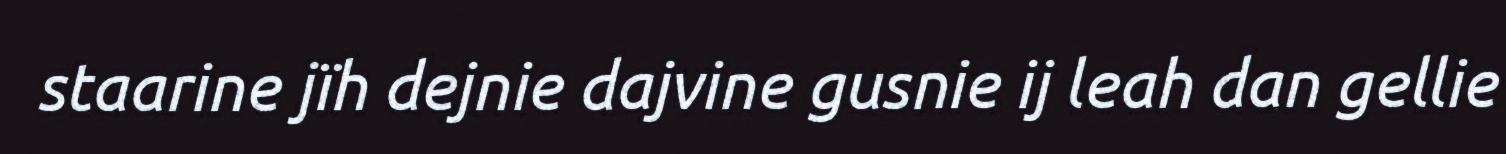
staarine jïh dejnie dajvine gusnie ij leah dan gellie